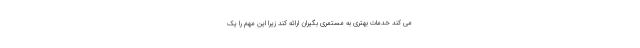
می کند خدمات بهتری به مستمری بگیران ارائه کند زیرا این مهم را یک